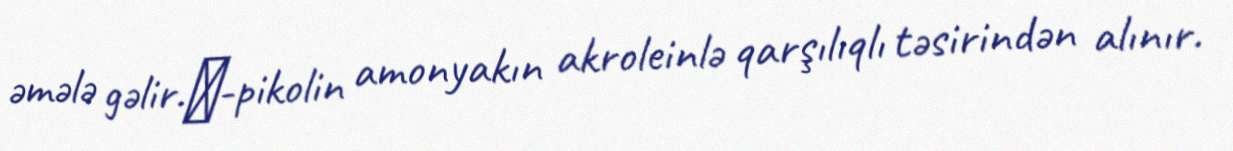
əmələ gəlir.β-pikolin amonyakın akroleinlə qarşılıqlı təsirindən alınır.